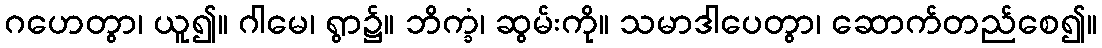
ဂဟေတွာ၊ ယူ၍။ ဂါမေ၊ ရွာ၌။ ဘိက္ခံ၊ ဆွမ်းကို။ သမာဒါပေတွာ၊ ဆောက်တည်စေ၍။